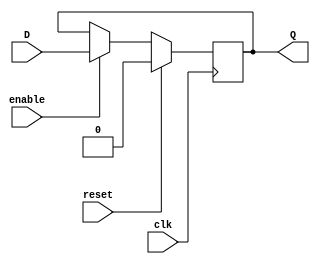
module dff_sync_reset (
  input wire clk,
  input wire reset,
  input wire enable,
  input wire D,
  output reg Q
);

  always @(posedge clk) begin
    if (reset) begin
      Q <= 1'b0;
    end else if (enable) begin
      Q <= D;
    end
  end

endmodule